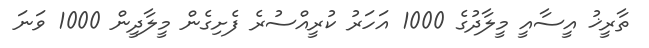
ތާރީޚު އީސާއީ މީލާދުގެ 1000 އަހަރު ކުރީއްސުރެ ފެށިގެން މީލާދީން 1000 ވަނަ